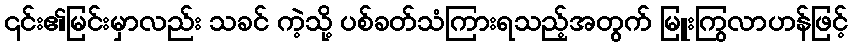
၎င်း၏မြင်းမှာလည်း သခင် ကဲ့သို့ ပစ်ခတ်သံကြားရသည့်အတွက် မြူးကြွလာဟန်ဖြင့်